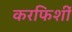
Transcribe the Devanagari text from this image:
करफिशीं